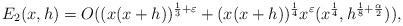
LaTeX: \begin{align*} E_2(x,h) = O((x(x+h))^{\frac{1}{3}+\varepsilon} +(x(x+h))^{\frac{1}{4}} x^{\varepsilon} (x^{\frac{1}{4}}, h^{\frac{1}{8}+\frac{\alpha}{2}})),\end{align*}